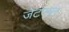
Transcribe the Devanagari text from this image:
जेटएयर